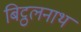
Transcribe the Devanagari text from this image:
बिट्ठलनाथ